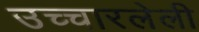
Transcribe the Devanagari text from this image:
उच्चारलेली